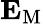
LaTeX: {\mathbf{E}}_{\mathrm{{M}}}